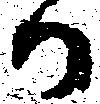
か